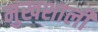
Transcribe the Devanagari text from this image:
मुखशाली